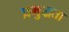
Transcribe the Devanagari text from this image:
प्रभुद्धता